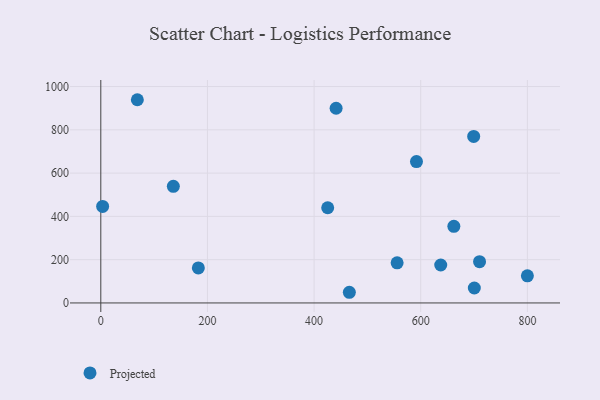
{"axis": {"x": "Distance", "y": "Salary"}, "legend": ["Projected"], "data": [{"x": "710.3", "y": 190.9, "type": "Projected"}, {"x": "425.5", "y": 439.8, "type": "Projected"}, {"x": "3.4", "y": 446.2, "type": "Projected"}, {"x": "700.5", "y": 69.1, "type": "Projected"}, {"x": "592.0", "y": 653.5, "type": "Projected"}, {"x": "800.0", "y": 125.3, "type": "Projected"}, {"x": "662.1", "y": 354.0, "type": "Projected"}, {"x": "637.5", "y": 175.4, "type": "Projected"}, {"x": "136.0", "y": 538.8, "type": "Projected"}, {"x": "466.1", "y": 49.3, "type": "Projected"}, {"x": "182.9", "y": 161.7, "type": "Projected"}, {"x": "555.7", "y": 185.2, "type": "Projected"}, {"x": "699.3", "y": 769.4, "type": "Projected"}, {"x": "441.3", "y": 899.8, "type": "Projected"}, {"x": "68.5", "y": 939.1, "type": "Projected"}]}